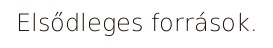
Elsődleges források.